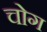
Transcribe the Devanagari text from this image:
चोग